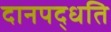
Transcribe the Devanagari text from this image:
दानपद्धति